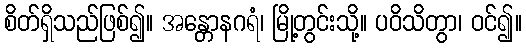
စိတ်ရှိသည်ဖြစ်၍။ အန္တောနဂရံ၊ မြို့တွင်းသို့။ ပဝိသိတွာ၊ ဝင်၍။